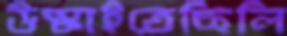
উস্‌কাইতেছিলি